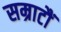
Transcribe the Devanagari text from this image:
सम्राटौं